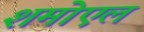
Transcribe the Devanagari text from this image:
शमोएल